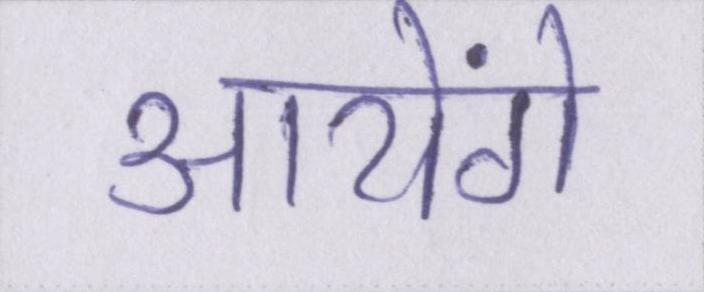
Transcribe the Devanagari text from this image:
आयेंगे